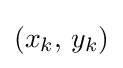
(x_{k},\,y_{k})